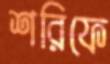
শরিফে